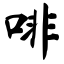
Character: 啡